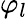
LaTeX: \varphi_{l}